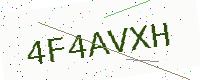
Text: 4F4AVXH